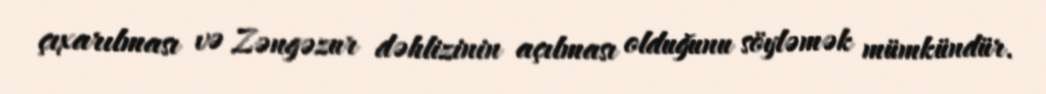
çıxarılması və Zəngəzur dəhlizinin açılması olduğunu söyləmək mümkündür.